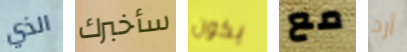
الذي سأخبرك يكون مع أرد